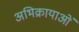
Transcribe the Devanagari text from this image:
अभिक्रायाओं